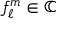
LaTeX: f _ { \ell } ^ { m } \in \mathbb { C }